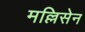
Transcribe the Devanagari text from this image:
मल्लिसेन